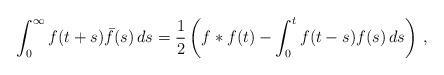
LaTeX: \begin{align*}\int_0^\infty f(t+s)\bar{f}(s)\,ds=\frac12\left(f*f(t)-\int_0^tf(t-s)f(s)\,ds\right)\,,\end{align*}